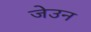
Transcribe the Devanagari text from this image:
जेउन